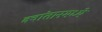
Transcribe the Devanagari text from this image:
क्वांतानमध्ये